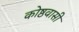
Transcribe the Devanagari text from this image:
कोष्ठवासी